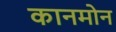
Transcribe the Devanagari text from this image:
कानमोन